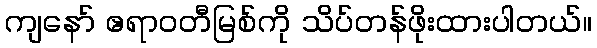
ကျနော် ဧရာဝတီမြစ်ကို သိပ်တန်ဖိုးထားပါတယ်။